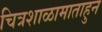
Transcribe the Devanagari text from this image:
चित्रशाळामाताहुन